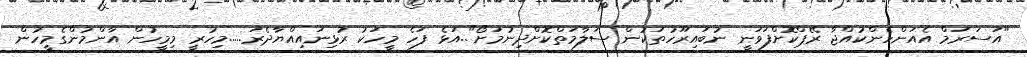
"އަސަރަމް އެއަންހެންކުއްޖާ ރޭޕްކޮށްފަވަނީ ނުބައިރޫހުތަކުން ސަލާމަތްކޮށްދިނުމަށޯ"..އަޅެ ފަހެ މީހަކު ރުޅިނައިއްޔާދެރަ.....މިހުރީ މިމީހުން އާންމުންގެމީހުން